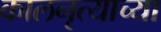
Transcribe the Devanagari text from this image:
कालनृत्याच्या